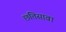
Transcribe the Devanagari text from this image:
छत्तिसावा